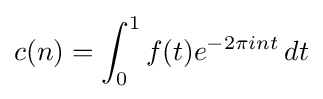
c(n)=\int _{0}^{1}f(t)e^{-2\pi int}\,dt